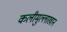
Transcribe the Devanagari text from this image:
कलीमुल्लाखान